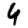
Digit: 4